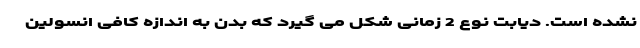
نشده است. دیابت نوع 2 زمانی شکل می گیرد که بدن به اندازه کافی انسولین